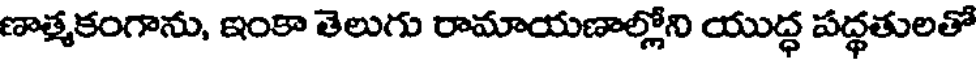
ణాత్మకంగాను, ఇంకా తెలుగు రామాయణాల్లోని యుద్ధ పద్ధతులతో